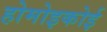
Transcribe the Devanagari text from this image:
होमोइकोई